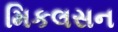
મિકલસન